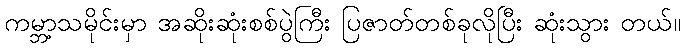
ကမ္ဘာ့သမိုင်းမှာ အဆိုးဆုံးစစ်ပွဲကြီး ပြဇာတ်တစ်ခုလိုပြီး ဆုံးသွား တယ်။